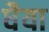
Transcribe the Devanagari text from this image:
धैया